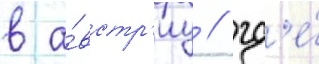
в а́встр'иу / гд'е́